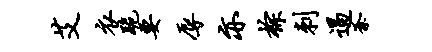
艾衣跪要辱亦棕刺遏紊